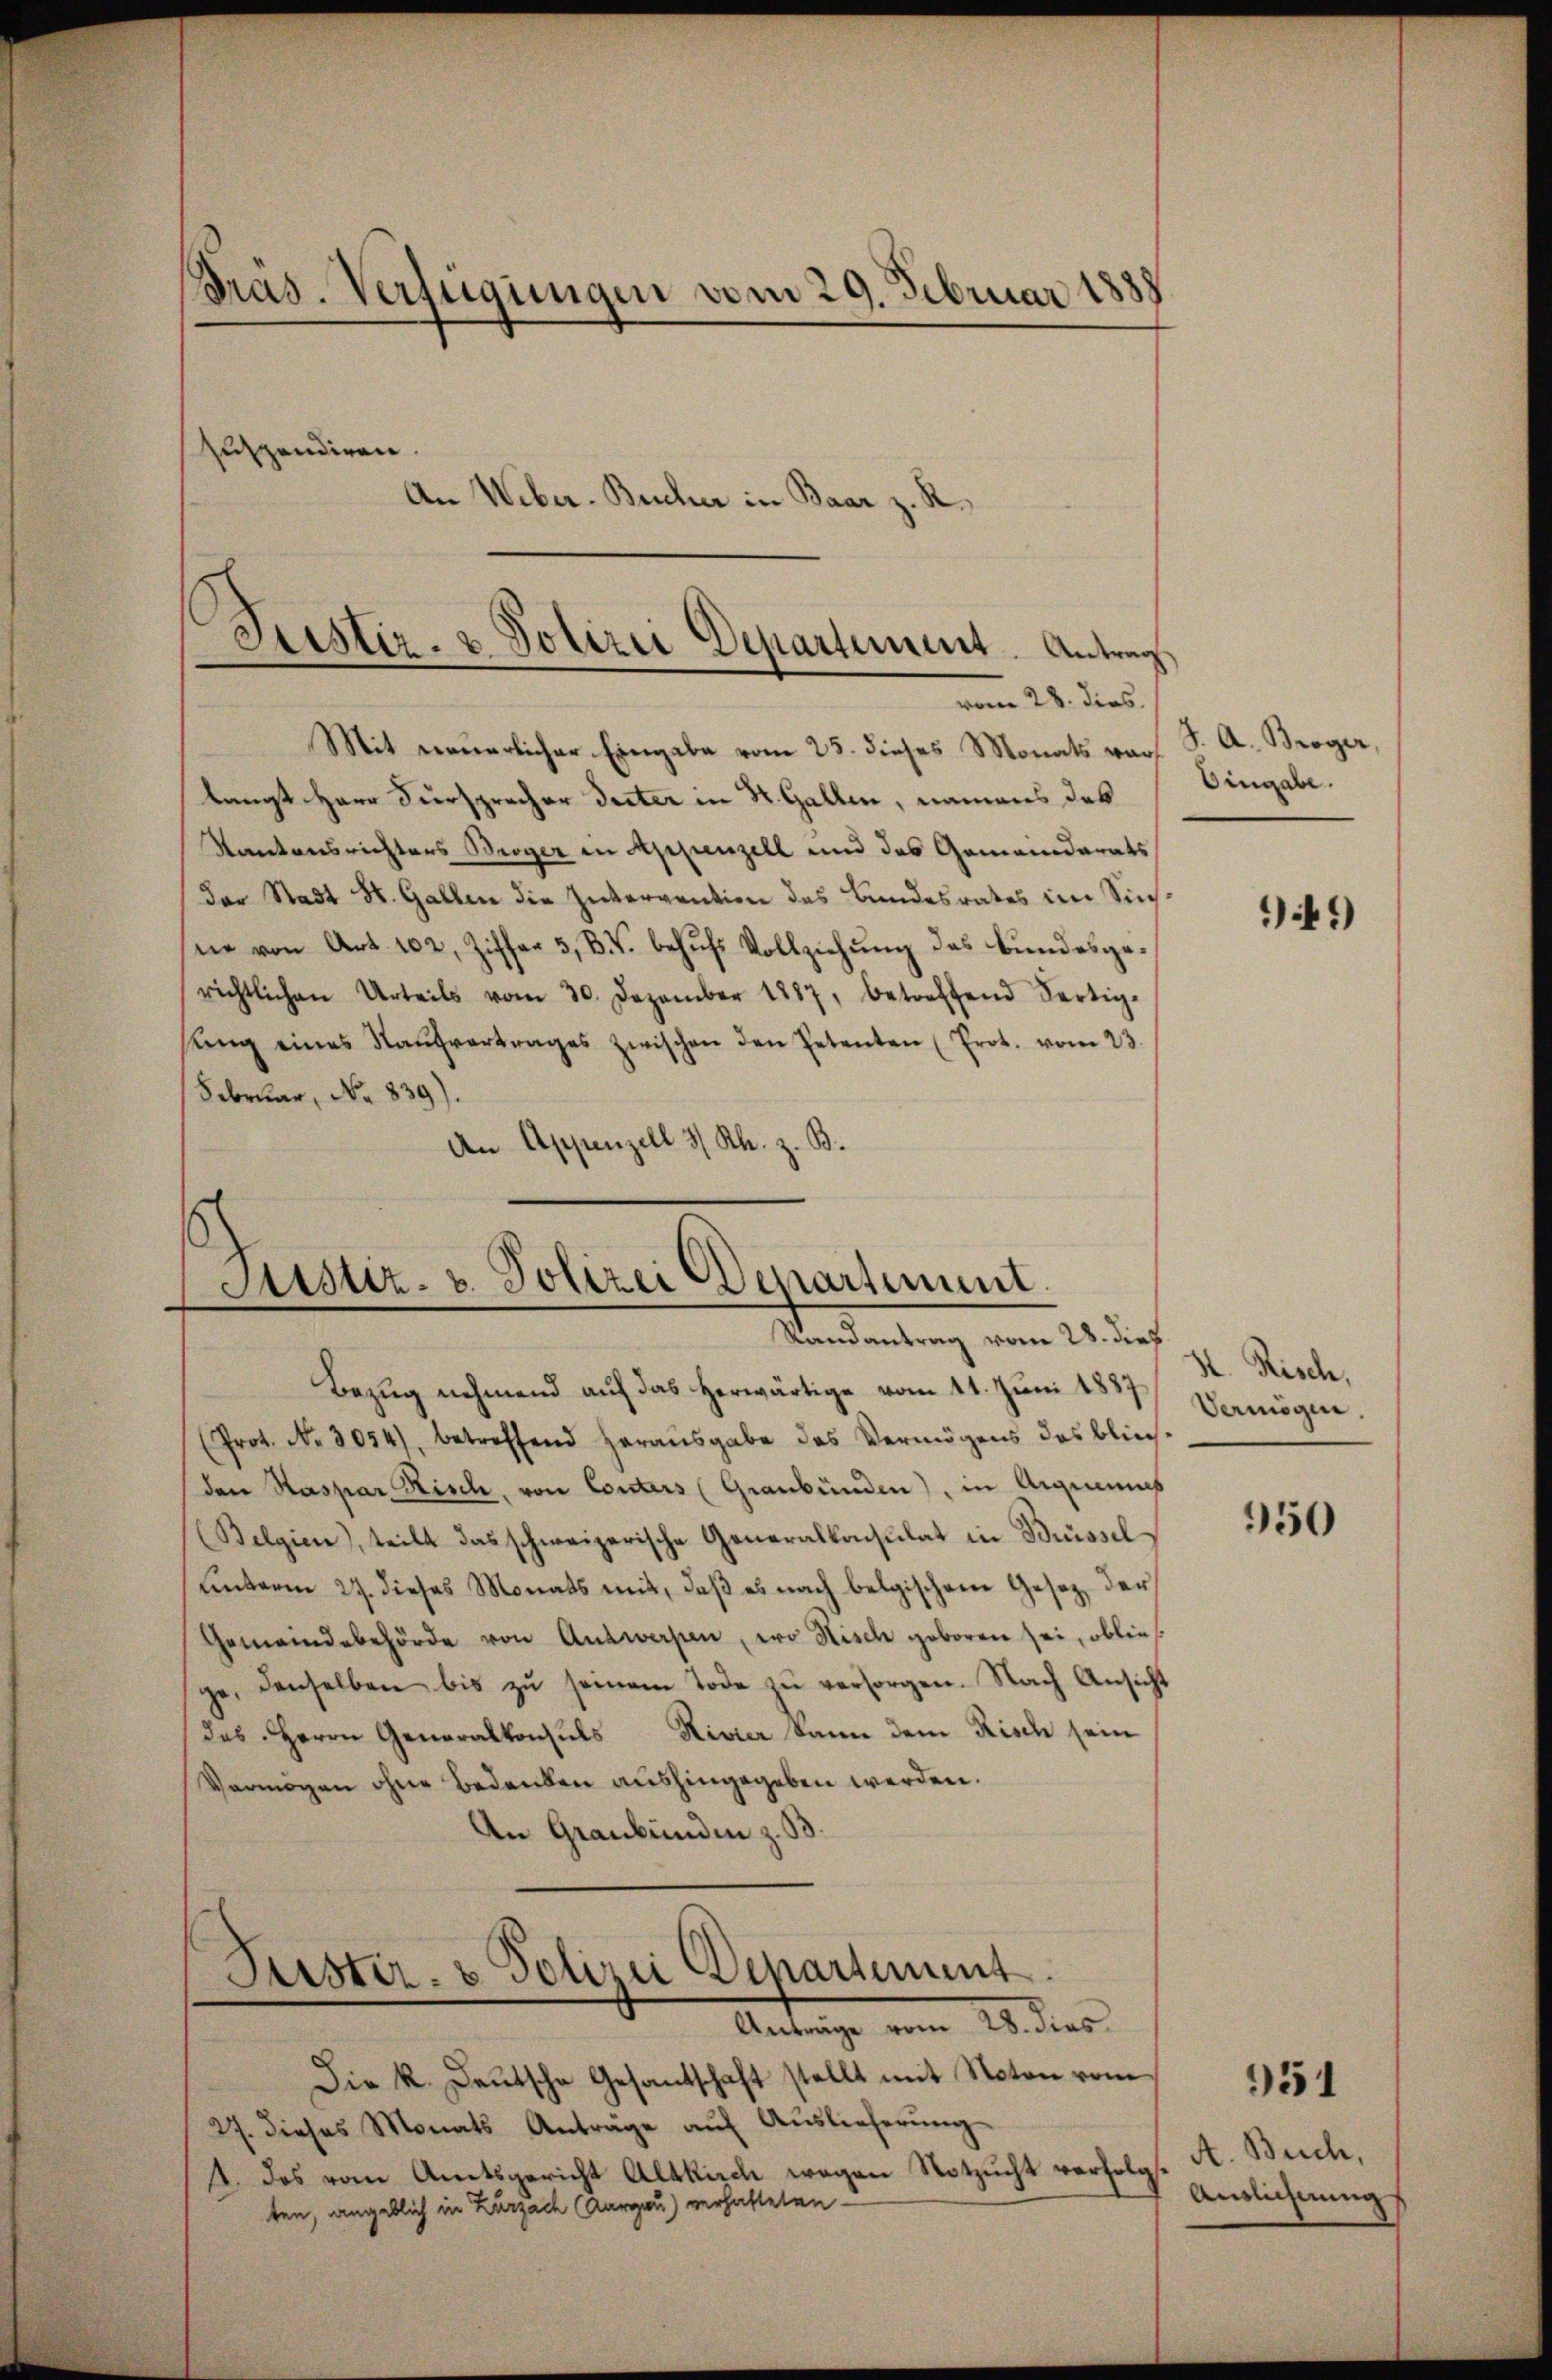
Pras. Verfügungen vom 29. Februar 1888
suspendiren.
An Weber-Bucher in Baar z. R.

Justiz- & Polizei Departement. Antrag
vom 28. dies.

Mit neuerlicher Eingabe vom 23. dieses Monats vor J. A. Broger,
langt Herr Fürsprecher Peter in St. Gallen, namens des
Kantonsrichters Broger in Appenzell und das Gemeinderats
Der Stadt St. Gallen die Intervention des Bundesrates im Sichsne von Art. 102, Ziffer 3, BV. behŭfs Vollziehŭng des Bundesgerichtlichen Urteils vom 30. Dezember 1887, betreffend Fertig-
Kng eines Kaŭfvertrages zwischen den Petenten (Prot. vom 23.
Februar, No. 839).
An Appenzell 3/ Rh. z. B.

Sistiz- & Polizei Departement.
Randantrag vom 28. dies

Bezug nehmend auf das herwärtige vom 21. Juni 1837. Vermögen,
(Prot. No. 3054), betreffend heraŭsgabe des Vermögens des blies-
den Kaspar Risch, von Conters (Graubünden), in Arguenies
(Belgien), teilt das schweizerische Generalkonsulat in Büssel
unterm 27. dieses Monats mit, daß es nach belgischen Gesetz, der
Gemeindebehörde von Antwerpen, wo Nisch geboren sei, oblie
ge, denselben bis zŭ seinem Tode zŭ versorgen. Nach Ansicht
des Herrn Generalkonsuls Rivier kann dem Risch sein
Vermögen ohne Bedenken aushingegeben werden.
An Graubünden z. B.
Puster- & Polizei Departement
Antrage von 20 dies
Die k. Deutsche Gesandtschaft stellt mit Noten vom
27. dieses Monats Anträge aŭf Auslieferŭng
1. Das vom Amtsgericht Altkirch wegen Notzucht verfolg.
ten, angeblich in Zurzach (Aargau) verhalteten

Eingabe.

949)

H. Risch,

950

951

A. Buch,
Annlichnung